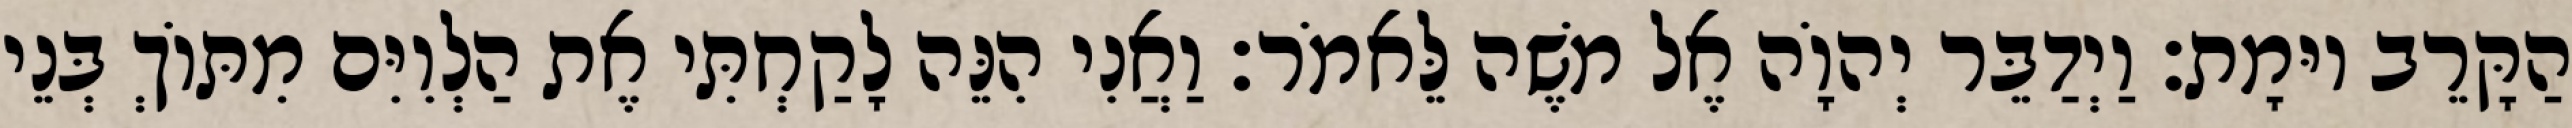
הַקָּרֵב יוּמָת׃ וַיְדַבֵּר יְהוָֹה אֶל משֶׁה לֵּאמֹר׃ וַאֲנִי הִנֵּה לָקַחְתִּי אֶת הַלְוִיִּם מִתּוֹךְ בְּנֵי